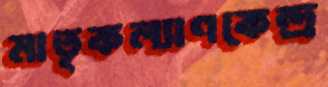
মাতৃকল্যাণকেন্দ্র